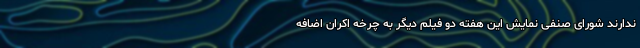
ندارند شورای صنفی نمایش این هفته دو فیلم دیگر به چرخه اکران اضافه